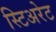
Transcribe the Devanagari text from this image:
स्टिअरेट